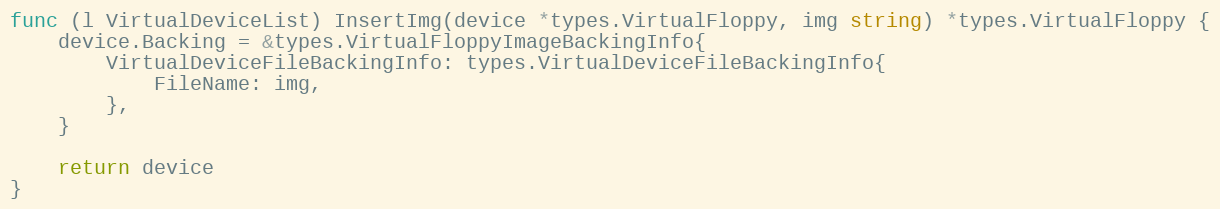
Language: Go
func (l VirtualDeviceList) InsertImg(device *types.VirtualFloppy, img string) *types.VirtualFloppy {
	device.Backing = &types.VirtualFloppyImageBackingInfo{
		VirtualDeviceFileBackingInfo: types.VirtualDeviceFileBackingInfo{
			FileName: img,
		},
	}

	return device
}